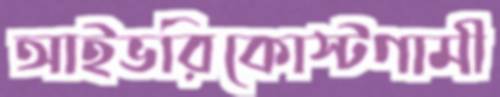
আইভরিকোস্টগামী